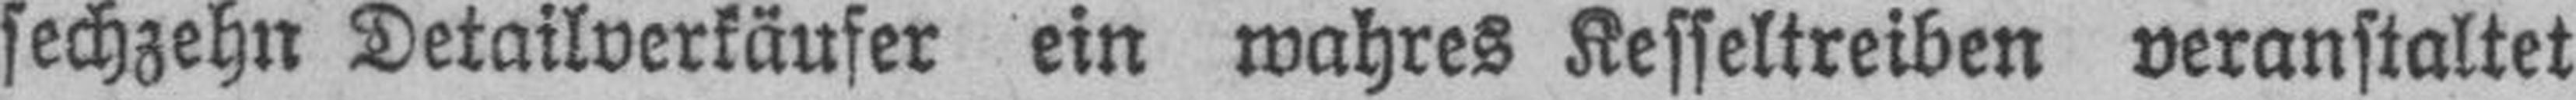
sechzehn Detailverkäufer ein wahres Kesseltreiben veranstaltet